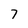
Character: 7